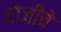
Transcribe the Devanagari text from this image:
दाजींचे